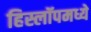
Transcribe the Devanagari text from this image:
हिस्लॉपमध्ये